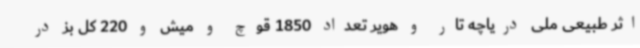
اثر طبیعی ملی دریاچه تار و هویر تعداد 1850 قوچ و میش و 220 کل بز در